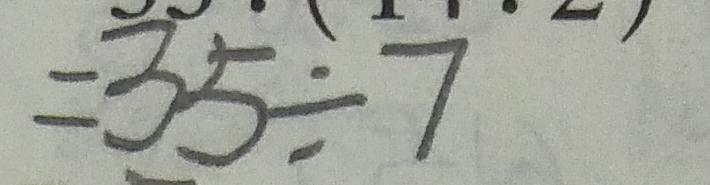
= 3 5 \div 7